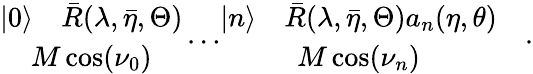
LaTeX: \begin{array}{c}{{|0\rangle\quad\bar{R}(\lambda,\bar{\eta},\Theta)}}\\ {{M\cos(\nu_{0})}}\end{array}\dots\begin{array}{c}{{|n\rangle\quad\bar{R}(\lambda,\bar{\eta},\Theta)a_{n}(\eta,\theta)}}\\ {{M\cos(\nu_{n})}}\end{array}\quad.